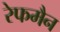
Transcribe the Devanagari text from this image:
रेफमैन